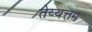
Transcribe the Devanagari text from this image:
तेय्यत्तम